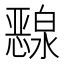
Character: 𰒜